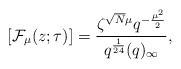
\begin{align*}\left[\mathcal F_{\mu}(z;\tau)\right] = \frac{\zeta^{\sqrt{N}\mu} q^{-\frac{\mu^2}{2}}}{q^{\frac{1}{24}}(q)_\infty},\end{align*}